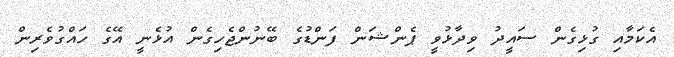
އެކަމާއި ގުޅިގެން ސަައީދު ވިދާޅުވީ ޕެންޝަން ފަންޑުގެ ބޭނުންޖެހިގެން އުޅެނީ އޭގެ ހައްގުވެރިން